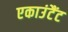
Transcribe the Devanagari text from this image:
एकाउंटैंट